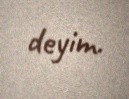
deyim.